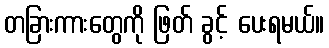
တခြားကားတွေကို ဖြတ် ခွင့် ပေးရမယ်။